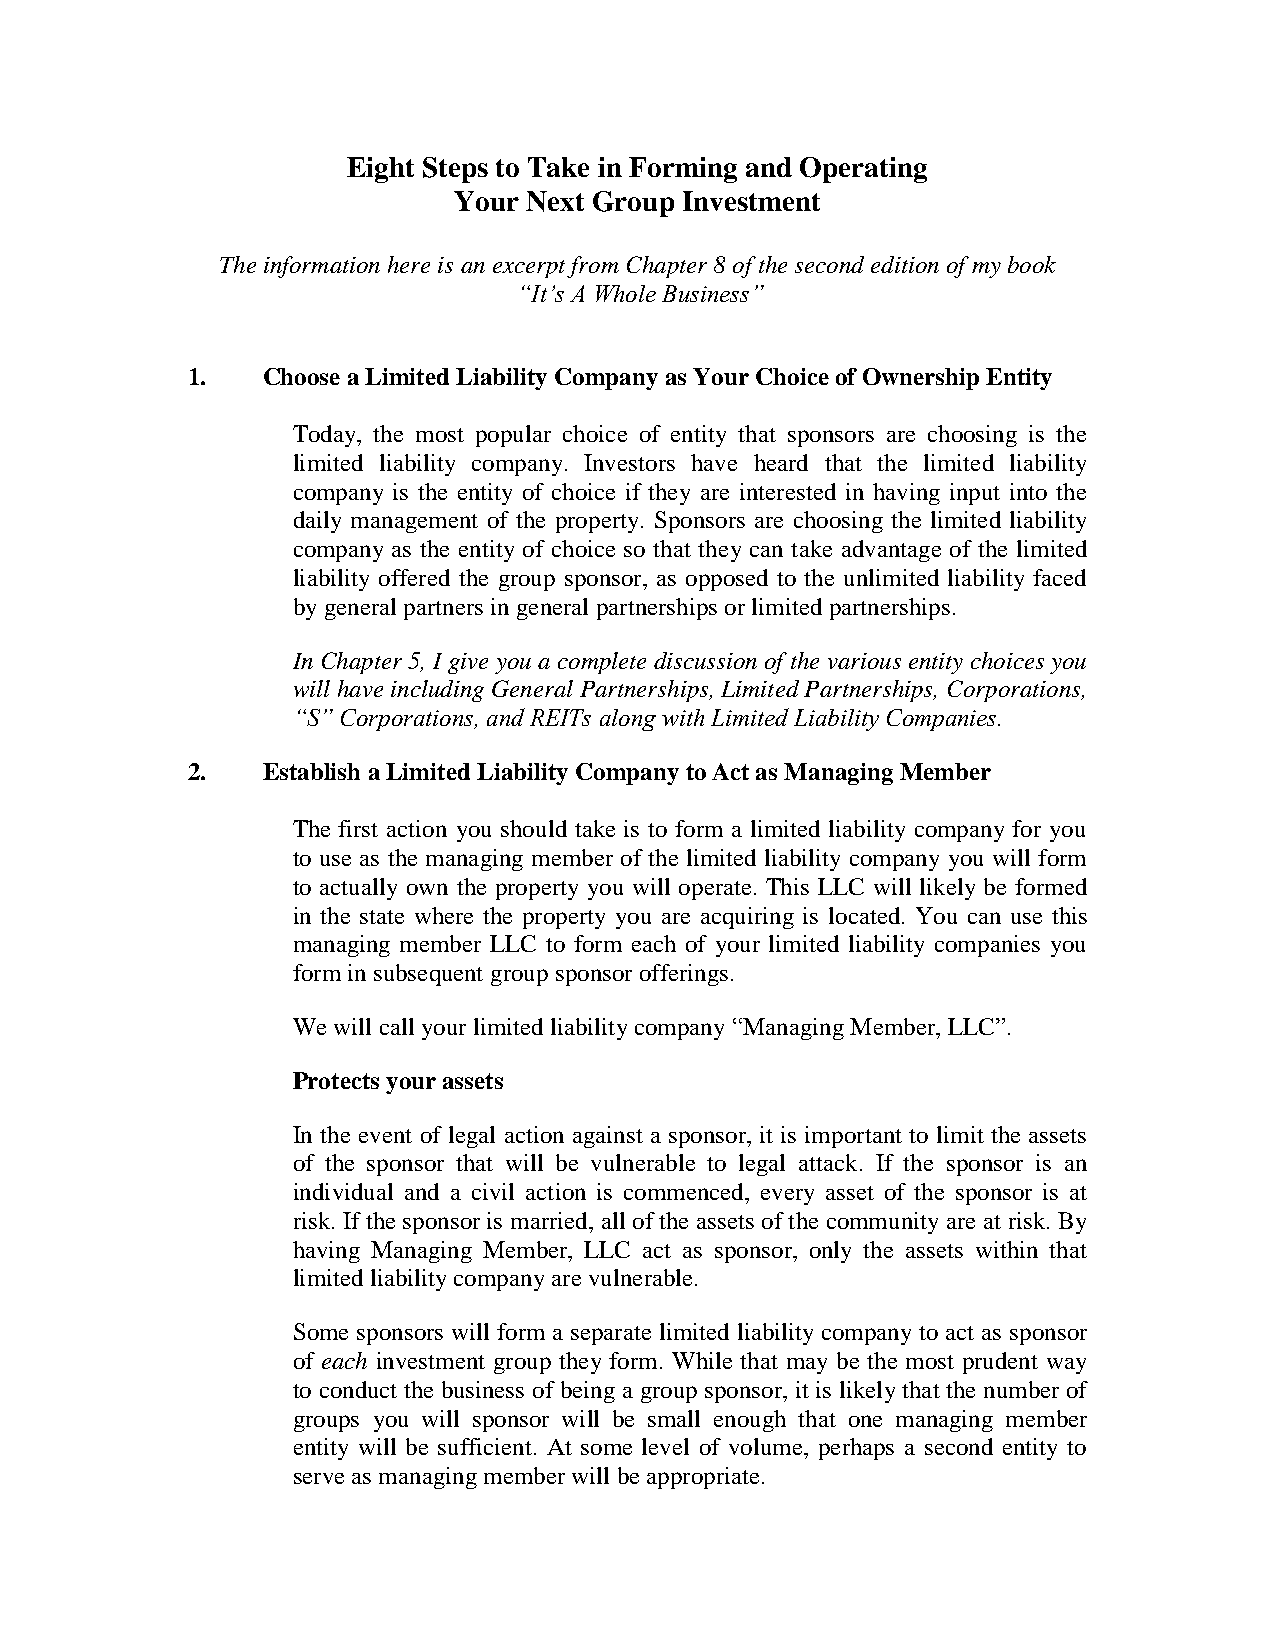
Eight Steps to Take in Forming and Operating
 Your Next Group Investment
 The information here is an excerpt from Chapter 8 of the second edition of my book
 “It’s A Whole Business”
 1.   Choose a Limited Liability Company as Your Choice of Ownership Entity
 Today, the most popular choice of entity that sponsors are choosing is the
 limited liability company. Investors have heard that the limited liability
 company is the entity of choice if they are interested in having input into the
 daily management of the property. Sponsors are choosing the limited liability
 company as the entity of choice so that they can take advantage of the limited
 liability offered the group sponsor, as opposed to the unlimited liability faced
 by general partners in general partnerships or limited partnerships.
 In Chapter 5, I give you a complete discussion of the various entity choices you
 will have including General Partnerships, Limited Partnerships, Corporations,
 “S” Corporations, and REITs along with Limited Liability Companies.
 2.   Establish a Limited Liability Company to Act as Managing Member
 The first action you should take is to form a limited liability company for you
 to use as the managing member of the limited liability company you will form
 to actually own the property you will operate. This LLC will likely be formed
 in the state where the property you are acquiring is located. You can use this
 managing member LLC to form each of your limited liability companies you
 form in subsequent group sponsor offerings.
 We will call your limited liability company “Managing Member, LLC”.
 Protects your assets
 In the event of legal action against a sponsor, it is important to limit the assets
 of the sponsor that will be vulnerable to legal attack. If the sponsor is an
 individual and a civil action is commenced, every asset of the sponsor is at
 risk. If the sponsor is married, all of the assets of the community are at risk. By
 having Managing Member, LLC act as sponsor, only the assets within that
 limited liability company are vulnerable.
 Some sponsors will form a separate limited liability company to act as sponsor
 of each investment group they form. While that may be the most prudent way
 to conduct the business of being a group sponsor, it is likely that the number of
 groups you will sponsor will be small enough that one managing member
 entity will be sufficient. At some level of volume, perhaps a second entity to
 serve as managing member will be appropriate.